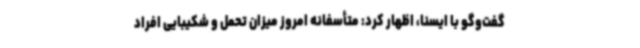
گفت‌وگو با ایسنا، اظهار کرد: متأسفانه امروز میزان تحمل و شکیبایی افراد